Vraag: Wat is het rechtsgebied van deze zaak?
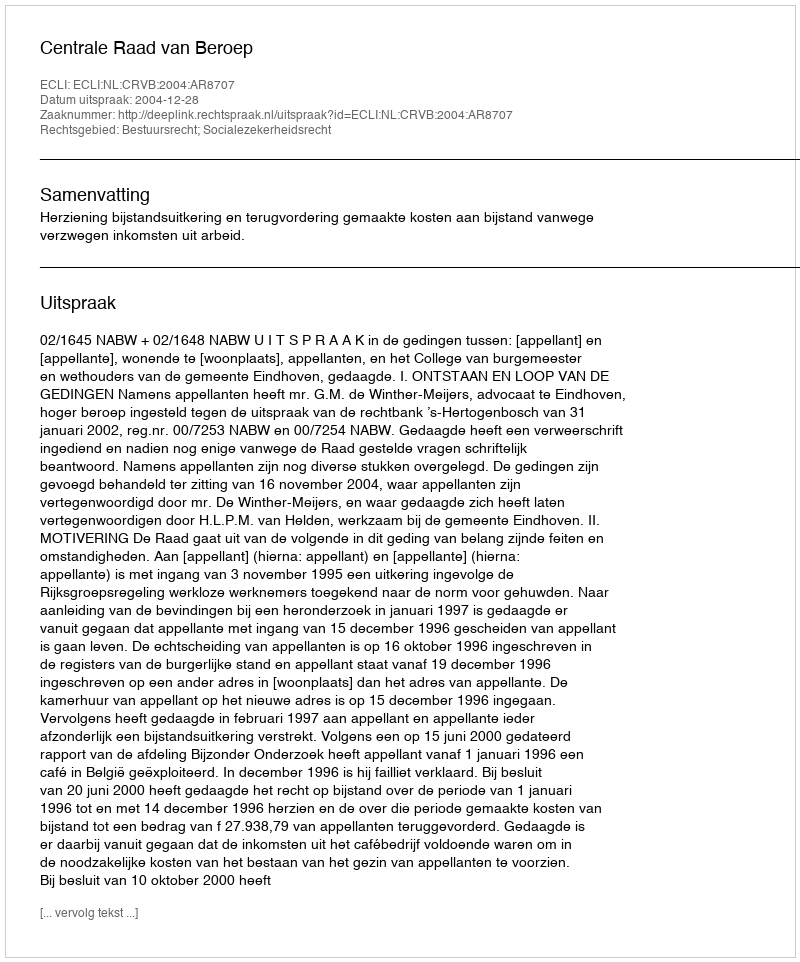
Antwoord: Bestuursrecht; Socialezekerheidsrecht